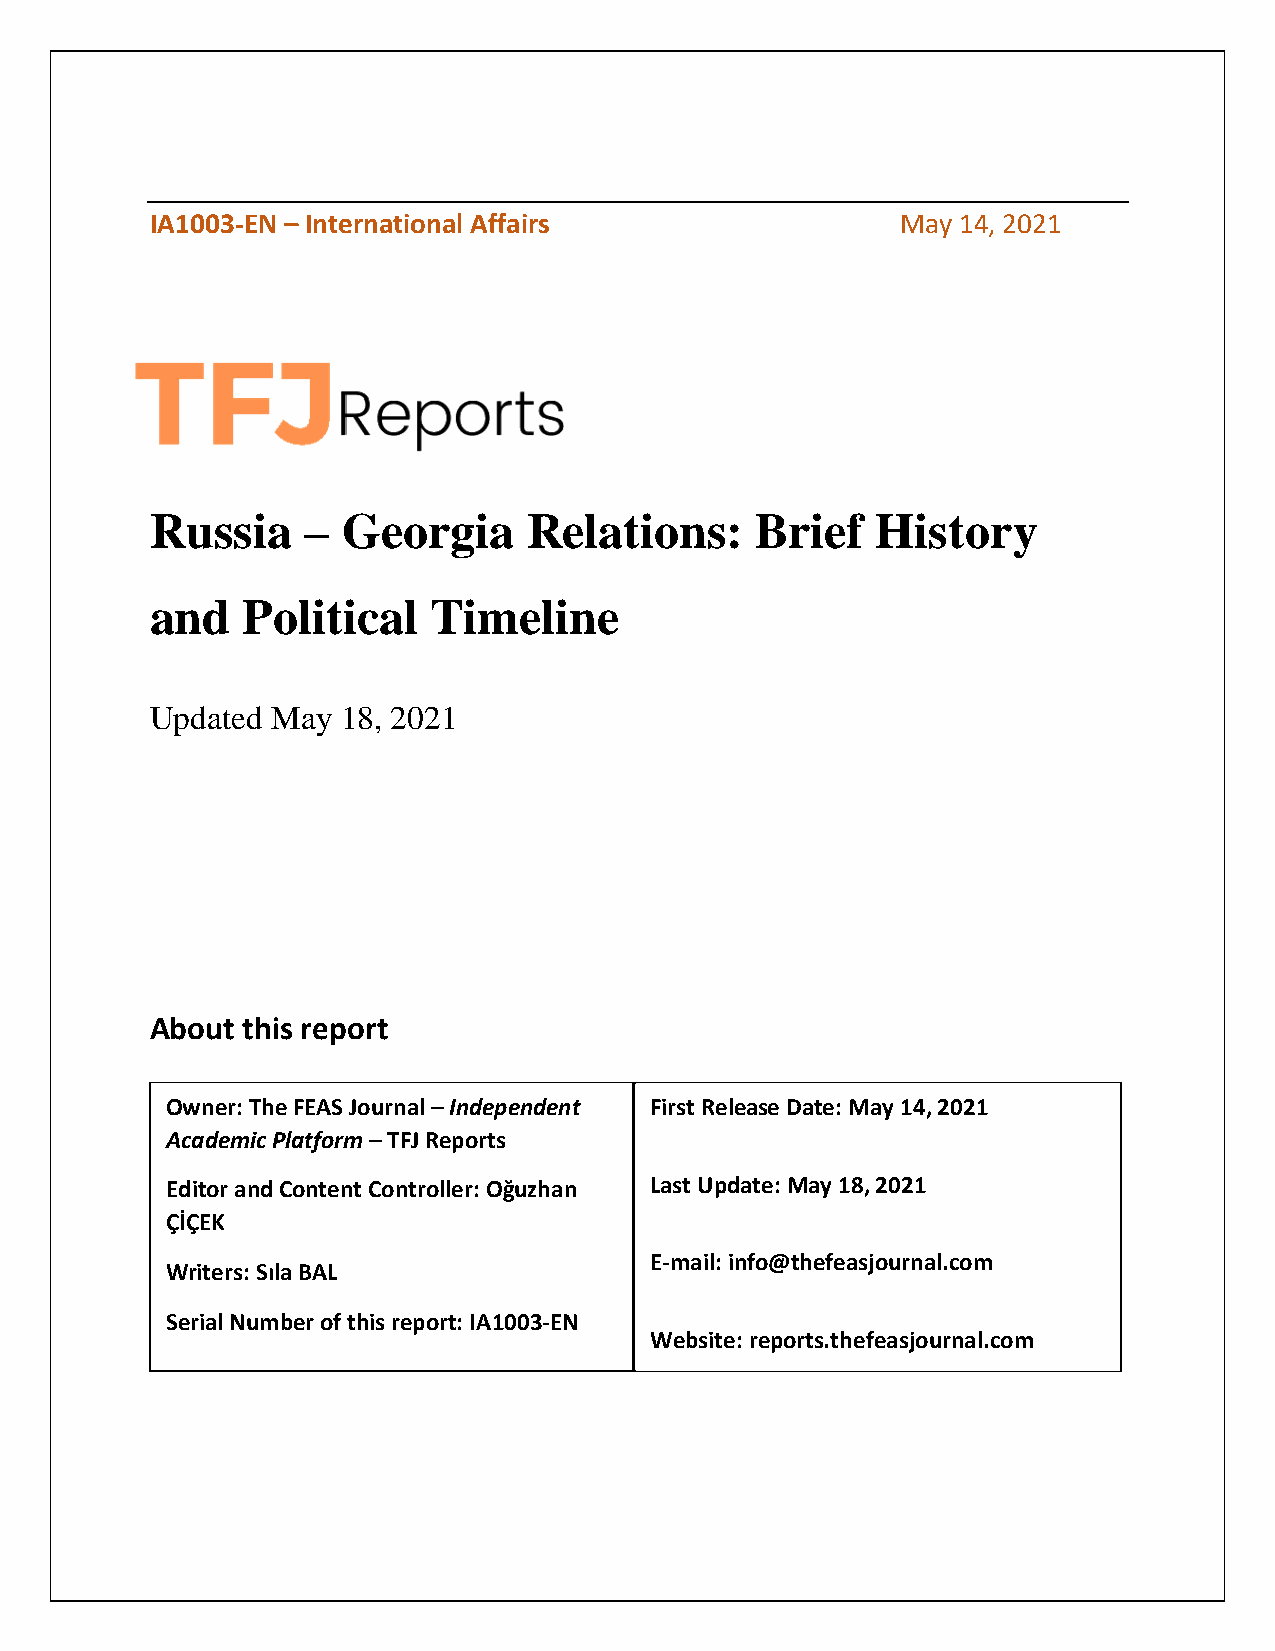
IA1003-EN – International Affairs                 May 14, 2021
 Russia    –  Georgia     Relations:     Brief   History
 and   Political    Timeline
 Updated May  18, 2021
 About this report
 Owner: The FEAS Journal – Independent First Release Date: May 14, 2021
 Academic Platform – TFJ Reports
 Editor and Content Controller: Oğuzhan Last Update: May 18, 2021
 ÇİÇEK
 E-mail: info@thefeasjournal.com
 Writers: Sıla BAL
 Serial Number of this report: IA1003-EN
 Website: reports.thefeasjournal.com